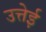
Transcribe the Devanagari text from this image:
उत्तेई